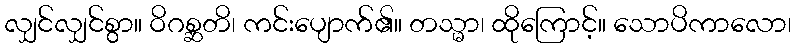
လျှင်လျှင်စွာ။ ဝိဂစ္ဆတိ၊ ကင်းပျောက်၏။ တသ္မာ၊ ထိုကြောင့်။ သောပိကာလော၊